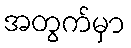
အတွက်မှာ